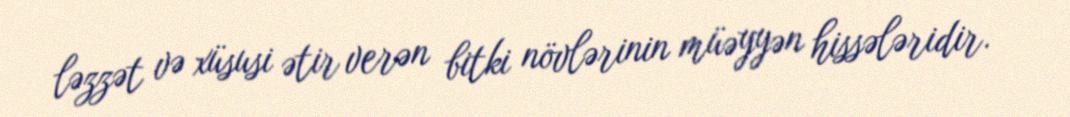
ləzzət və xüsusi ətir verən bitki növlərinin müəyyən hissələridir.